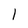
Character: l